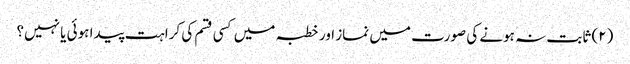
(۲) ثابت نہ ہونے کی صورت میں نماز اور خطبہ میں کسی قسم کی کراہت پیدا ہوئی یا نہیں؟